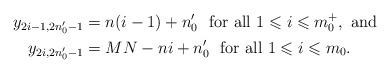
LaTeX: \begin{align*} y_{2i-1,2n'_0 -1} &= n(i-1)+n'_0 \mbox{ \ for all } 1 \leqslant i \leqslant m^{+}_0, \mbox{ and } \\ y_{2i,2n'_0 -1} &= MN - ni + n'_0 \mbox{ \ for all } 1 \leqslant i \leqslant m_0.\end{align*}